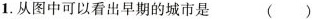
从图中可以看出早期的城市是 ()